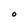
Character: O